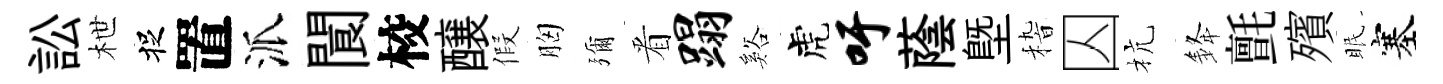
訟枻捉置派閬校醸假胸彌㸔蹋谿虎吁蔭塈𥟵囚杭𨦟氈殯眠塞